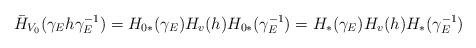
LaTeX: \begin{align*}\bar{H}_{V_{0}}(\gamma_{E} h \gamma_{E}^{-1})=H_{0*}(\gamma_{E}) H_{v}(h) H_{0*}(\gamma_{E}^{-1})=H_{*}(\gamma_{E}) H_{v}(h) H_{*}(\gamma_{E}^{-1})\end{align*}